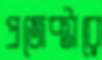
প্রজেক্টারে